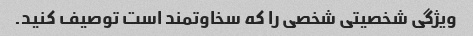
ویژگی شخصیتی شخصی را که سخاوتمند است توصیف کنید.